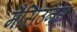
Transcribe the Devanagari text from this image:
मैसिउनस